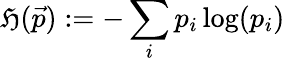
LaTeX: \mathfrak{H}(\vec{{p}}):=-\sum_{i}p_{i}\log(p_{i})